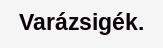
Varázsigék.